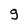
Character: g